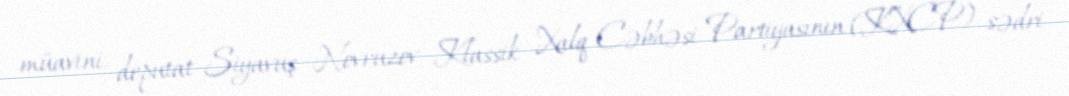
müavini, deputat Siyavuş Novruzov Klassik Xalq Cəbhəsi Partiyasının (KXCP) sədri